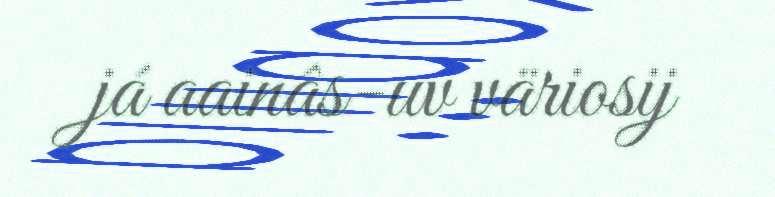
já aainâs-uv väriosij